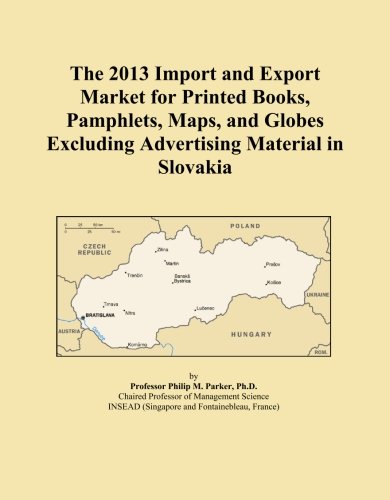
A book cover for The 2013 Import and Export Market for Printed Books, Pamphlets, Maps, and Globes Excluding Advertising Material in Slovakia; Icon Group International; Travel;